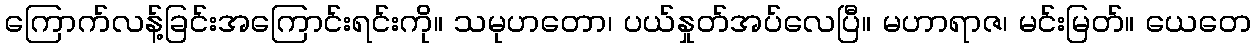
ကြောက်လန့်ခြင်းအကြောင်းရင်းကို။ သမုဟတော၊ ပယ်နှုတ်အပ်လေပြီ။ မဟာရာဇ၊ မင်းမြတ်။ ယေတေ